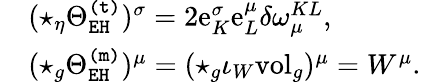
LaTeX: \begin{array}{rl}&{(\star_{\eta}\Theta_{\mathtt{EH}}^{\mathtt{(t)}})^{\sigma}=2\mathrm{e}_{K}^{\sigma}\mathrm{e}_{L}^{\mu}\delta\omega_{\mu}^{KL},}\\ &{(\star_{g}\Theta_{\mathtt{EH}}^{\mathtt{(m)}})^{\mu}=(\star_{g}\iota_{W}\mathrm{vol}_{g})^{\mu}=W^{\mu}.}\end{array}